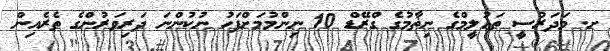
ށ. މަދަރުސީ ތަޢުލީމްގެ ނިޡާމުގެ ގްރޭޑް 10 ނިންމުމަށްފަހު ނުކުންނަ ދަރިވަރުންގެ ތެރެއިން